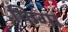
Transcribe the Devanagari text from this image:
फिगा